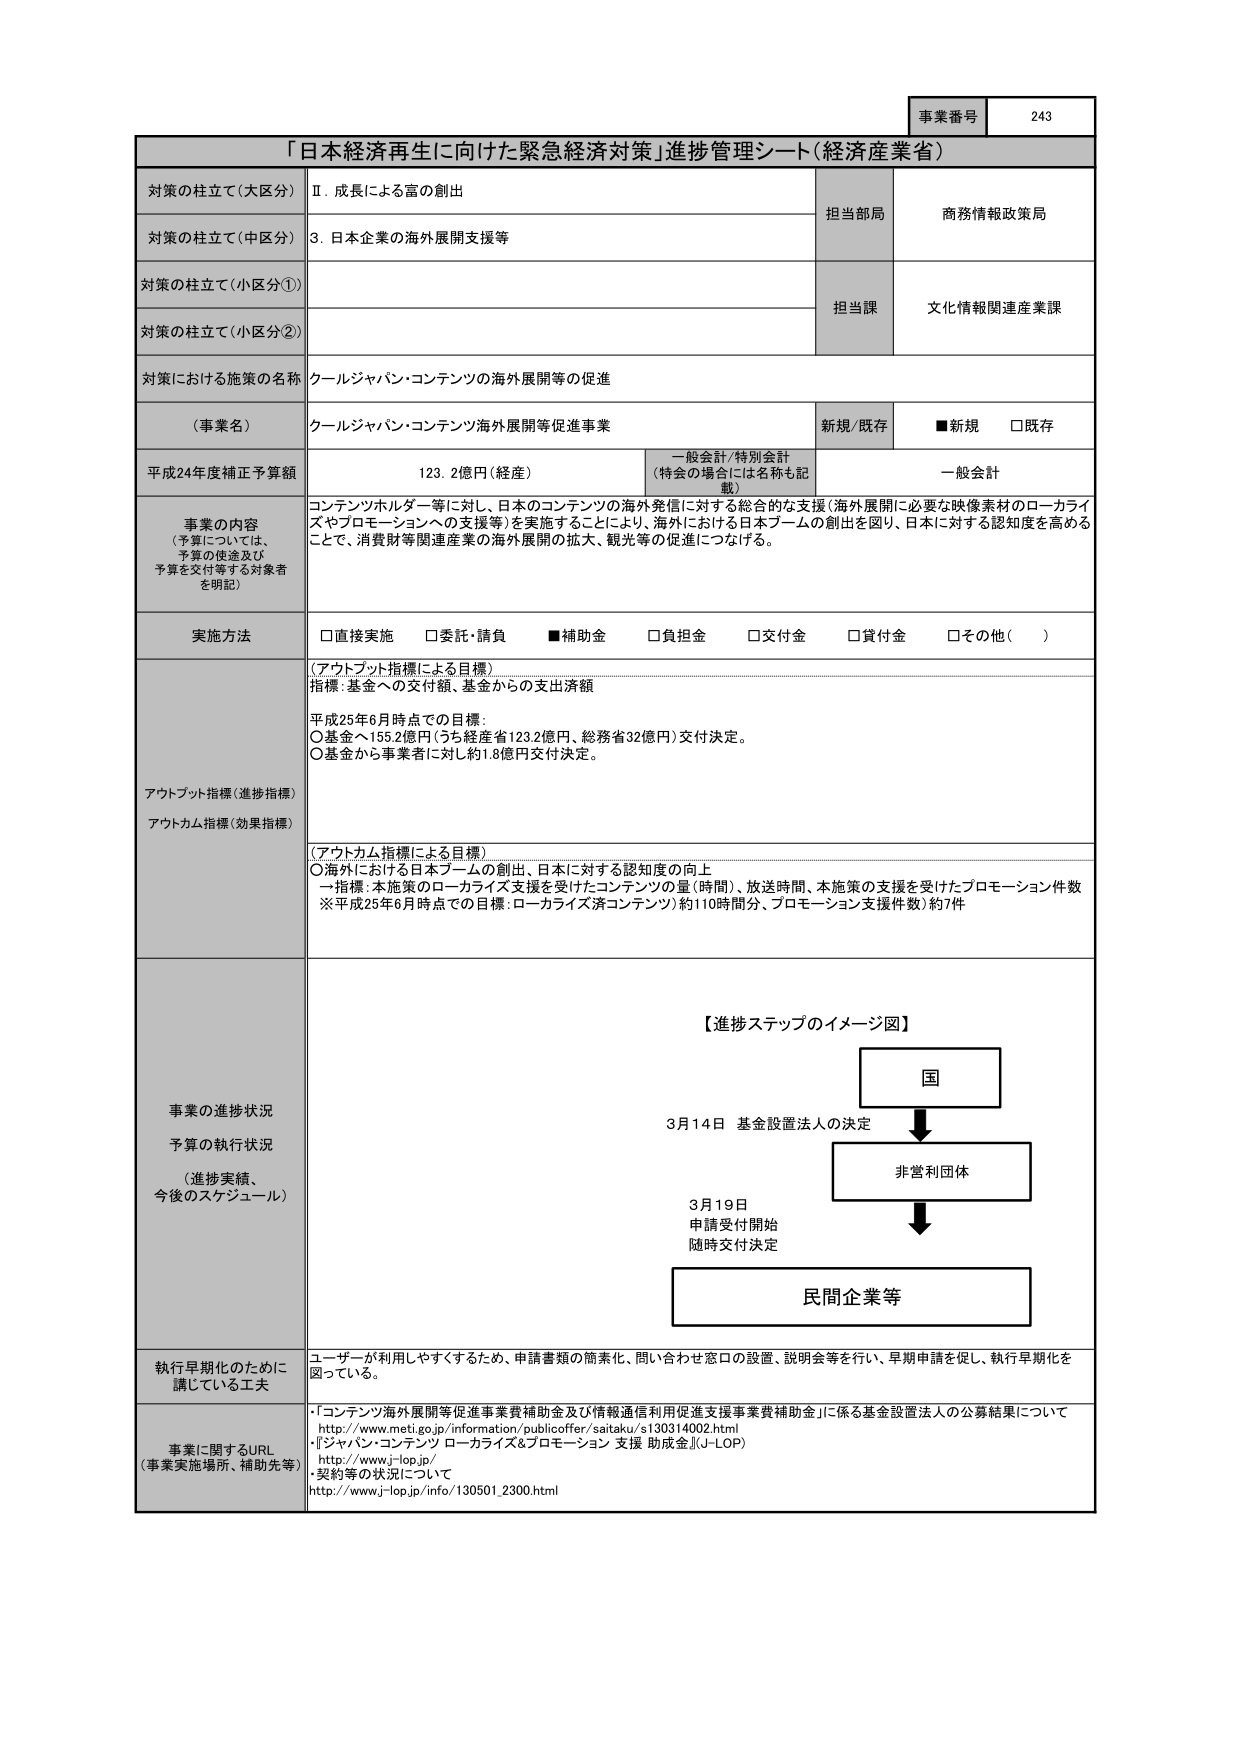
事業番号 243

「日本経済再生に向けた緊急経済対策」進捗管理シート（経済産業省）

対策の柱立て（大区分） Ⅱ．成長による富の創出 担当部局 商務情報政策局
対策の柱立て（中区分） 3．日本企業の海外展開支援等
対策の柱立て（小区分①） 担当課 文化情報関連産業課
対策の柱立て（小区分②）

対策における施策の名称 クールジャパン・コンテンツの海外展開等の促進

（事業名） クールジャパン・コンテンツ海外展開等促進事業 新規／既存 ■新規 □既存

平成24年度補正予算額 123.2億円（経産） 一般会計／特別会計 （特会の場合には名称も記載） 一般会計

事業の内容 （予算については、 予算の使途及び 予算を交付等する対象者 を明記） コンテンツホルダー等に対し、日本のコンテンツの海外発信に対する総合的な支援（海外展開に必要な映像素材のローカライズやプロモーションへの支援等）を実施することにより、海外における日本ブームの創出を図り、日本に対する認知度を高めることで、消費財等関連産業の海外展開の拡大、観光等の促進につなげる。

実施方法 □直接実施 □委託・請負 ■補助金 □負担金 □交付金 □貸付金 □その他（　　）

（アウトプット指標による目標） 指標：基金への交付額、基金からの支出済額 平成25年6月時点での目標： ○基金へ155.2億円（うち経産省123.2億円、総務省32億円）交付決定。 ○基金から事業者に対し約1.8億円交付決定。

アウトプット指標（進捗指標） アウトカム指標（効果指標） （アウトカム指標による目標） ○海外における日本ブームの創出、日本に対する認知度の向上 →指標：本施策のローカライズ支援を受けたコンテンツの量（時間）、放送時間、本施策の支援を受けたプロモーション件数 ※平成25年6月時点での目標：ローカライズ済コンテンツ）約110時間分、プロモーション支援件数）約7件

事業の進捗状況 予算の執行状況 （進捗実績、 今後のスケジュール） 【進捗ステップのイメージ図】 国 3月14日 基金設置法人の決定 非営利団体 3月19日 申請受付開始 随時交付決定 民間企業等

執行早期化のために 講じている工夫 ユーザーが利用しやすくするため、申請書類の簡素化、問い合わせ窓口の設置、説明会等を行い、早期申請を促し、執行早期化を図っている。

事業に関するURL （事業実施場所、補助先等） ・「コンテンツ海外展開等促進事業費補助金及び情報通信利用促進支援事業費補助金」に係る基金設置法人の公募結果について http://www.meti.go.jp/information/publicoffer/saitaku/s130314002.html ・『ジャパン・コンテンツ ローカライズ＆プロモーション 支援 助成金』（J-LOP） http://www.j-top.jp/ ・契約等の状況について http://www.j-top.jp/info/130501_2300.html